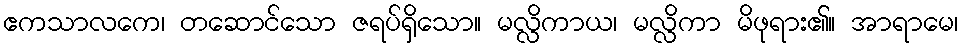
ဧကသာလကေ၊ တဆောင်သော ဇရပ်ရှိသော။ မလ္လိကာယ၊ မလ္လိကာ မိဖုရား၏။ အာရာမေ၊